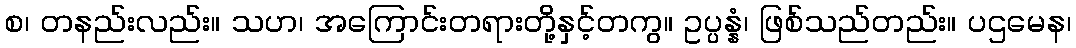
စ၊ တနည်းလည်း။ သဟ၊ အကြောင်းတရားတို့နှင့်တကွ။ ဥပ္ပန္နံ၊ ဖြစ်သည်တည်း။ ပဌမေန၊